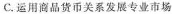
C.运用商品货币关系发展专业市场